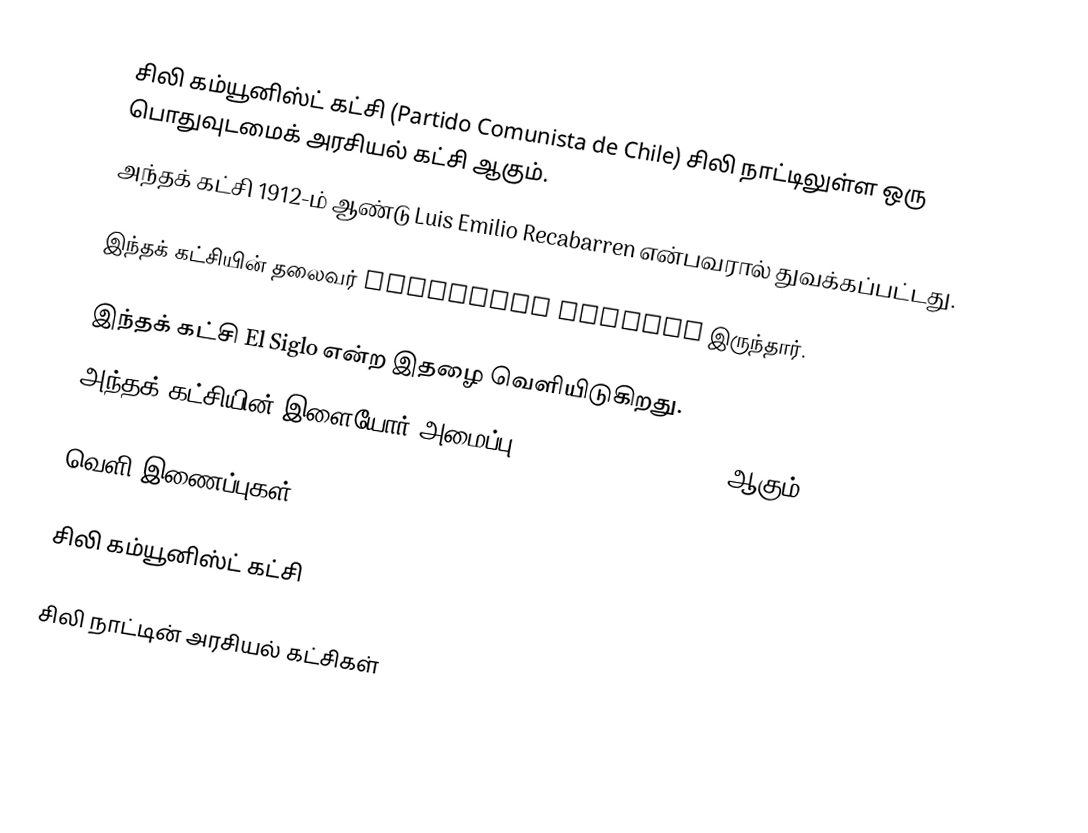
சிலி கம்யூனிஸ்ட் கட்சி (Partido Comunista de Chile) சிலி நாட்டிலுள்ள ஒரு பொதுவுடமைக் அரசியல் கட்சி ஆகும்.
அந்தக் கட்சி 1912-ம் ஆண்டு Luis Emilio Recabarren என்பவரால் துவக்கப்பட்டது.

இந்தக் கட்சியின் தலைவர் Guillermo Tellier இருந்தார்.

இந்தக் கட்சி El Siglo என்ற இதழை வெளியிடுகிறது.
அந்தக் கட்சியின் இளையோர் அமைப்பு Juventudes Comunistas ஆகும்.

வெளி இணைப்புகள்

சிலி கம்யூனிஸ்ட் கட்சி

சிலி நாட்டின் அரசியல் கட்சிகள்